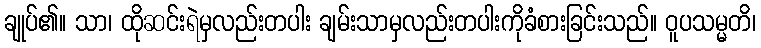
ချုပ်၏။ သာ၊ ထိုဆင်းရဲမှလည်းတပါး ချမ်းသာမှလည်းတပါးကိုခံစားခြင်းသည်။ ဝူပသမ္မတိ၊